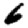
Digit: 6